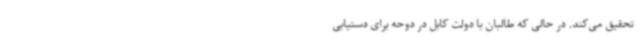
تحقیق می‌کند. در حالی که طالبان با دولت کابل در دوحه برای دستیابی